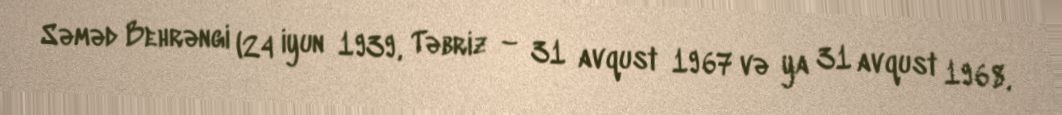
Səməd Behrəngi (24 iyun 1939, Təbriz – 31 avqust 1967 və ya 31 avqust 1968,